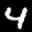
Label: 4